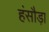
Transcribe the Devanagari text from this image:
हंसौड़ा